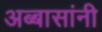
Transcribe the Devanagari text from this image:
अब्बासांनी